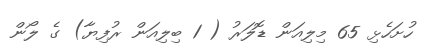
ހުށަހެޅި 65 މިލިއަން ޑޮލަރު ( 1 ބިލިއަން ރުފިޔާ) ގެ ލޯން